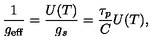
\frac { 1 } { g _ { \mathrm { e f f } } } = \frac { U ( T ) } { g _ { s } } = \frac { \tau _ { p } } { C } U ( T ) ,